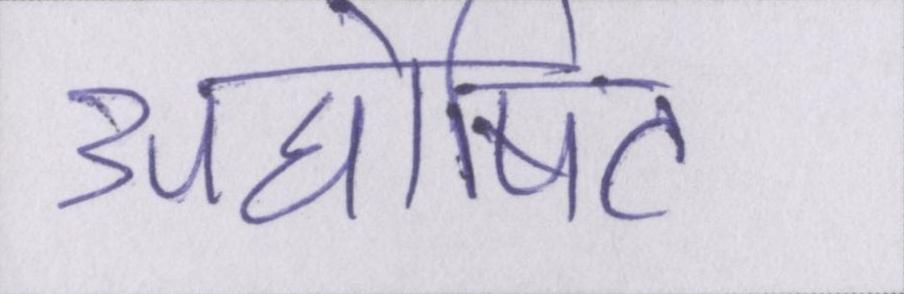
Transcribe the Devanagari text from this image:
अघोषित